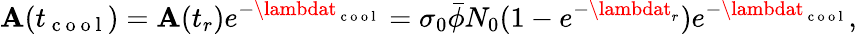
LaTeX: \mathbf{A}(t_{\mathrm{{~c~o~o~l~}}})=\mathbf{A}(t_{r})e^{-\lambdat_{\mathrm{{~c~o~o~l~}}}}=\sigma_{0}\bar{{\phi}}N_{0}(1-e^{-\lambdat_{r}})e^{-\lambdat_{\mathrm{{~c~o~o~l~}}}},